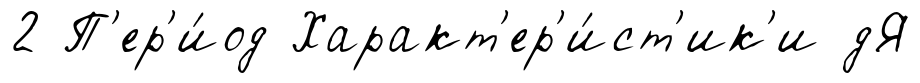
2 П'ер'и́од Характ'ер'и́ст'ик'и дЯ